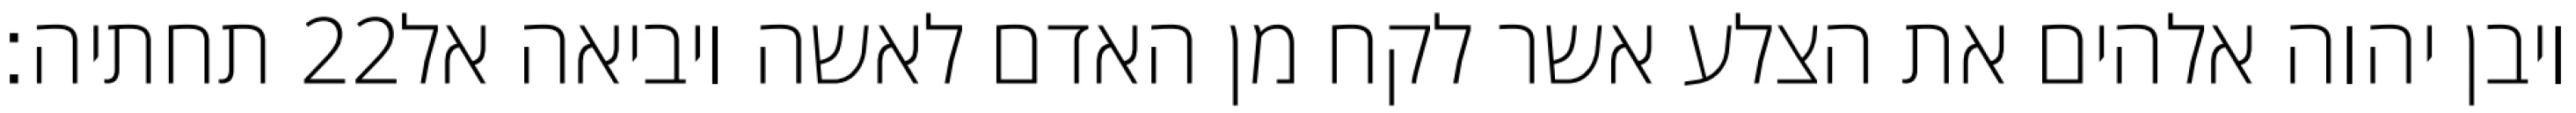
תחתיה׃ ‎22‏ ויבן יהוה אלהים את הצלע אשר לקח מן האדם לאשה ויביאה אל